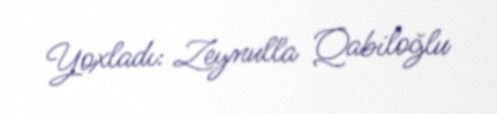
Yoxladı: Zeynulla Qabiloğlu